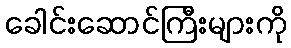
ခေါင်းဆောင်ကြီးများကို